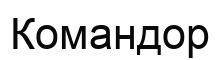
Командор